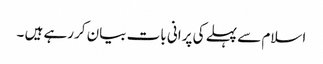
اسلام سے پہلے کی پرانی بات بیان کررہے ہیں ۔